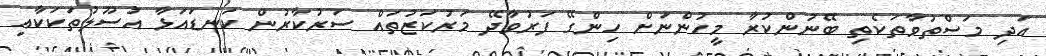
އަދި މަސްތުވާތަކެތި ބޭނުންކުރާ މީހުންނަށް ހިންގޭ ފަރުވާދޭ މަރުކަޒުތައް ސަރުކާރުން ކަނޑައަޅާ އުސޫލުތަކަކާއި